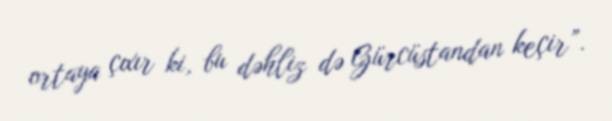
ortaya çıxır ki, bu dəhliz də Gürcüstandan keçir”.